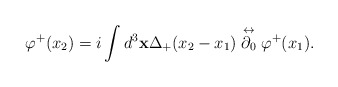
\begin{align*}\varphi^+(x_2) = i \int d^3 {\bf x} \Delta_+(x_2-x_1)\stackrel{\leftrightarrow}{\partial_0} \varphi^+(x_1).\end{align*}